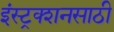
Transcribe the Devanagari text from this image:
इंस्ट्रक्शनसाठी